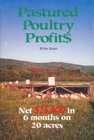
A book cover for Pastured Poultry Profit$; Joel Salatin; Science & Math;